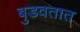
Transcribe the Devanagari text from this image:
बुडवतात